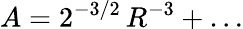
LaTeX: A=2^{-3/2}\, R^{-3}+\dots